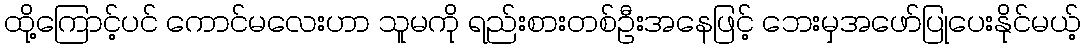
ထို့ကြောင့်ပင် ကောင်မလေးဟာ သူမကို ရည်းစားတစ်ဦးအနေဖြင့် ဘေးမှအဖော်ပြုပေးနိုင်မယ့်